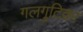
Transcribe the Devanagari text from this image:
गलगुटिका